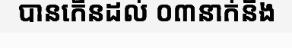
បានកើនដល់ ០៣នាក់និង